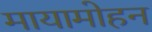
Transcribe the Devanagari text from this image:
मायामोहन